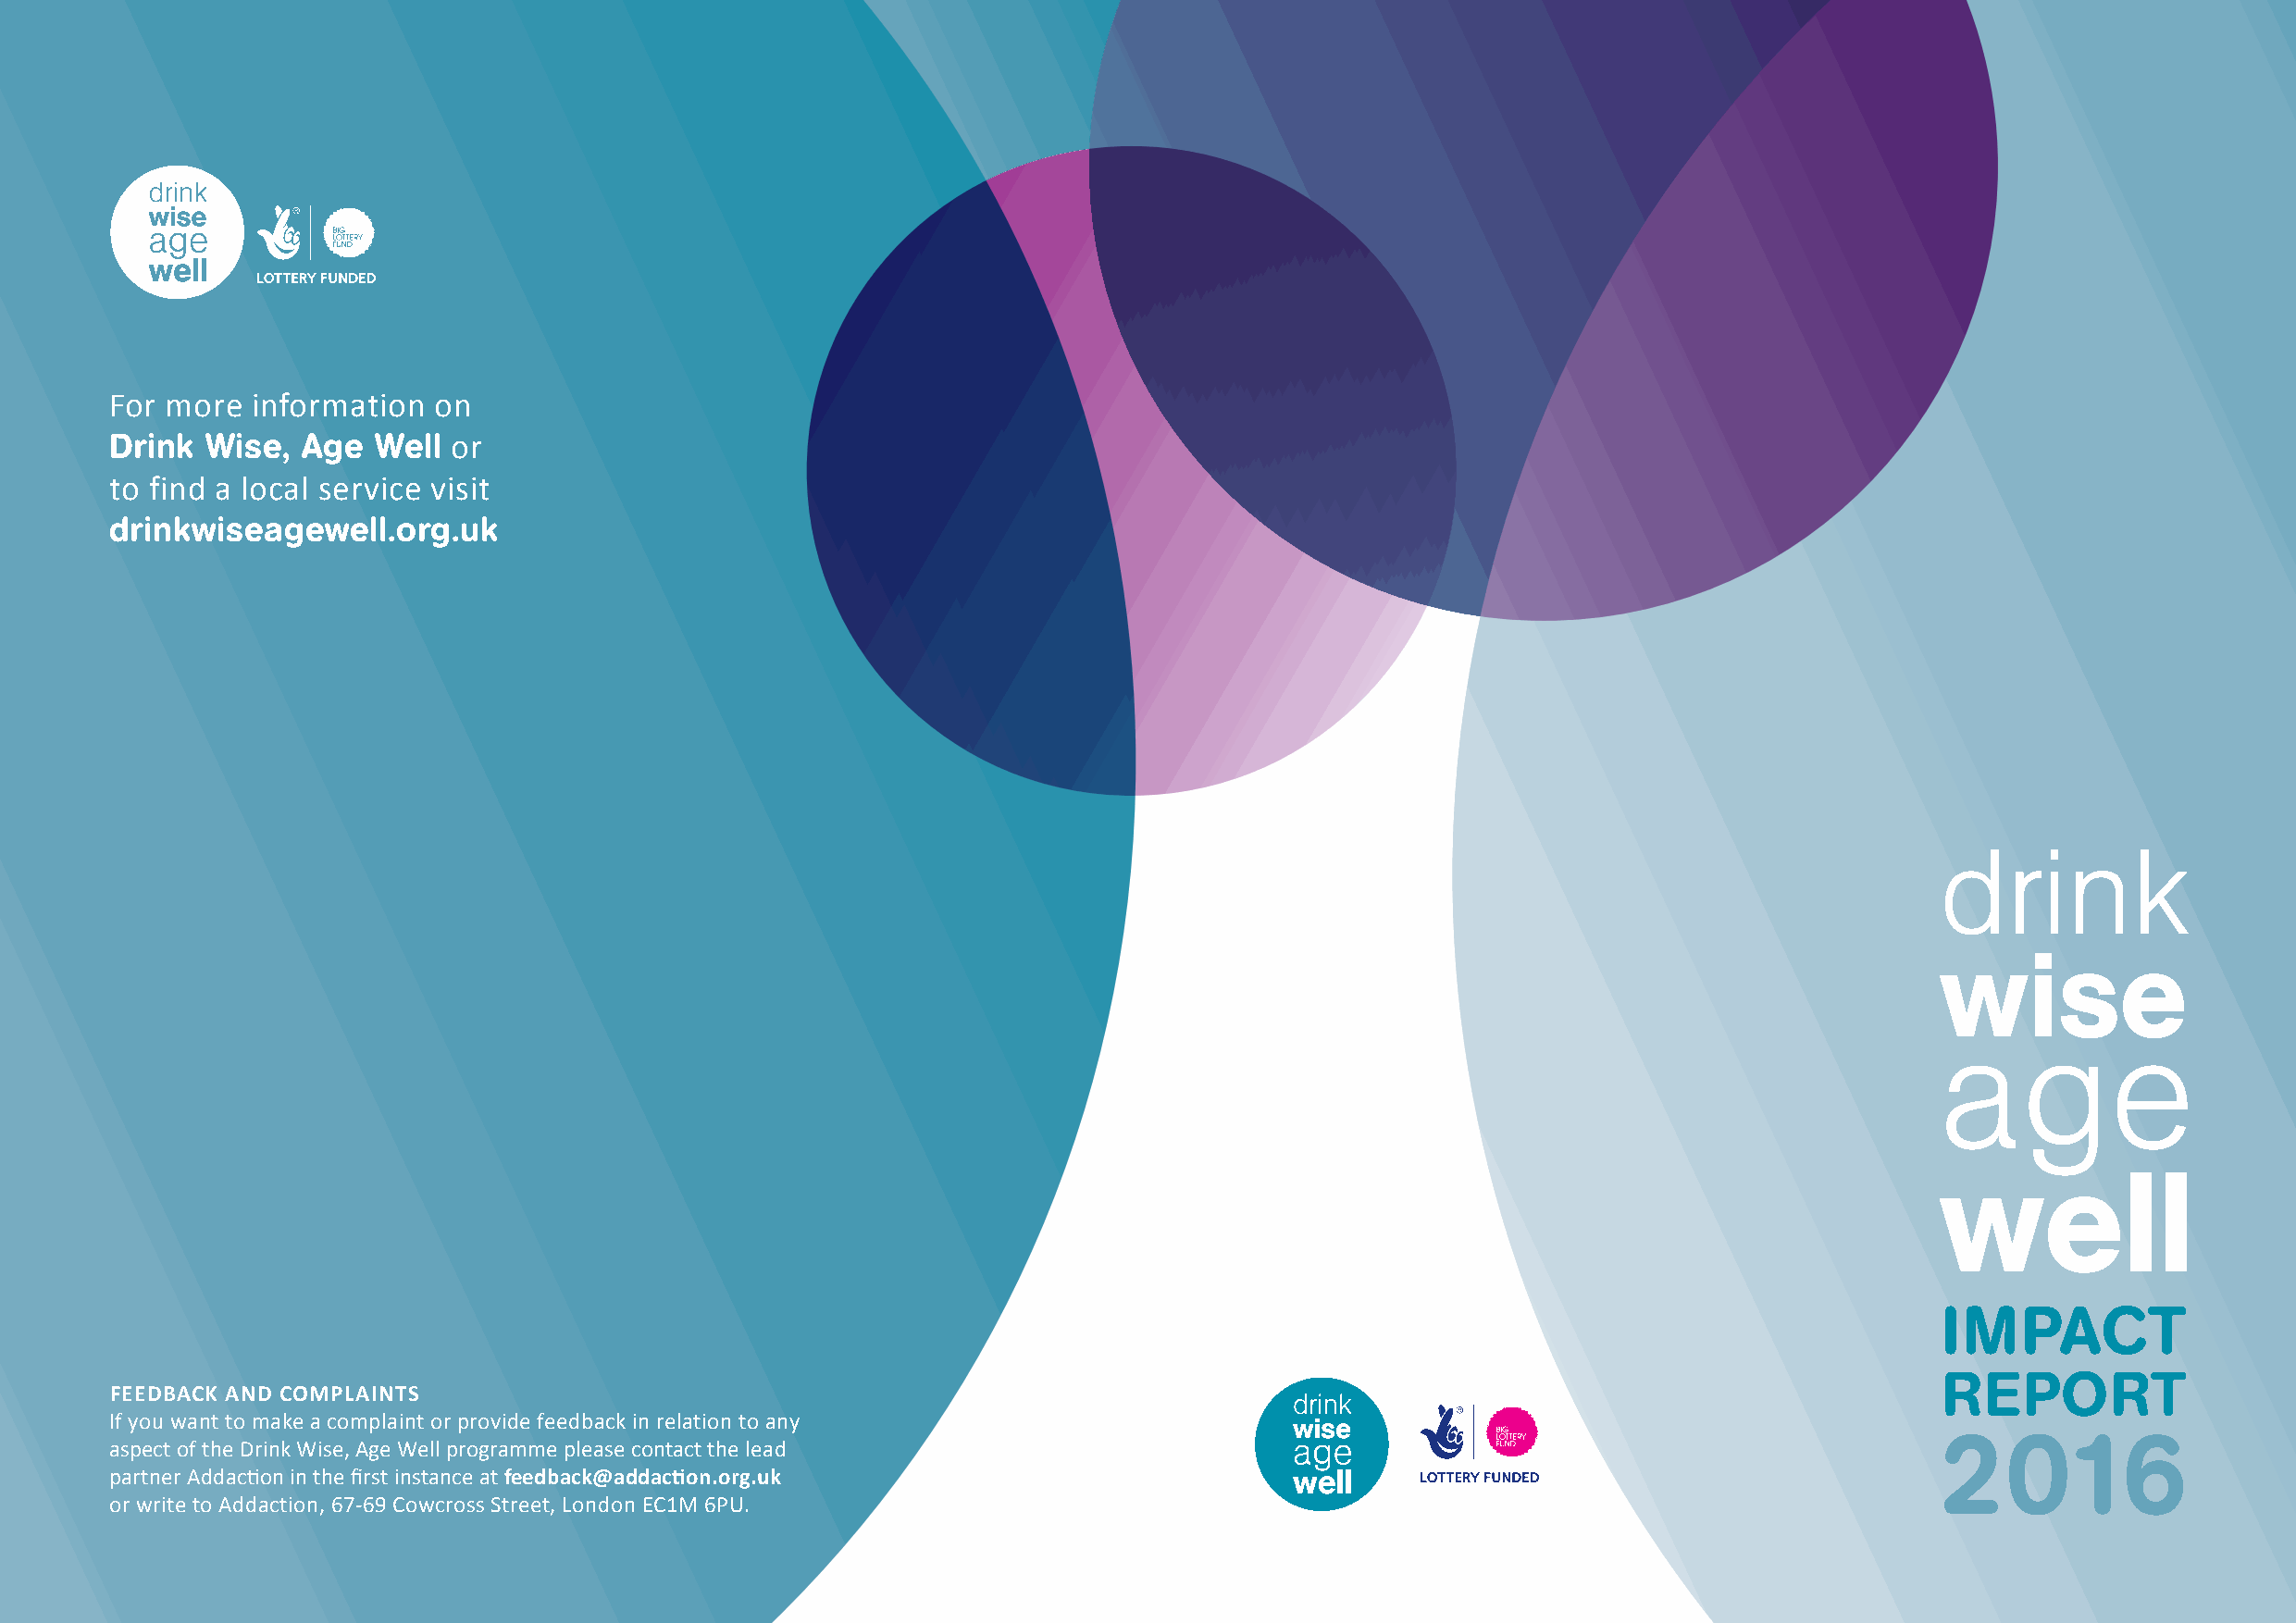
For more  information  on
 Drink  Wise,  Age  Well or
 to find a local service visit
 drinkwiseagewell.org.uk
 IMPACT
 RePoRT
 Feedback and complaints
 If you want to make a complaint or provide feedback in relation to any
 2016
 aspect of the Drink Wise, Age Well programme please contact the lead
 partner Addaction in the first instance at feedback@addaction.org.uk
 or write to Addaction, 67-69 Cowcross Street, London EC1M 6PU.